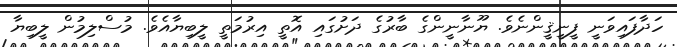
ހަދާފައިވަނީ ފީނީޤީންނެވެ. ޔޫނާނީންގެ ބާރުގެ ދަށުގައި އޮތީ އިރުމަތީ ލީބިޔާއެވެ. މުސްލިމުން ލީބިޔާ